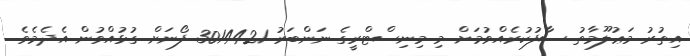
އިތުރު މަޢުލޫމާތު ސާފުކުރެއްވުމަށް މި މިނިސްޓްރީގެ ނަންބަރު 3014421 ފޯނަށް ގުޅުއްވުން އެދެމެވެ.